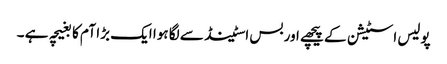
پولیس اسٹیشن کے پیچھے اور بس اسٹینڈ سے لگا ہوا ایک بڑا آم کا بغیچہ ہے ۔